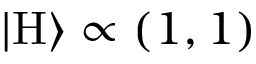
| \mathrm { H } \rangle \propto ( 1 , 1 )